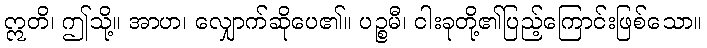
ဣတိ၊ ဤသို့။ အာဟ၊ လျှောက်ဆိုပေ၏။ ပဉ္စမီ၊ ငါးခုတို့၏ပြည့်ကြောင်းဖြစ်သော။